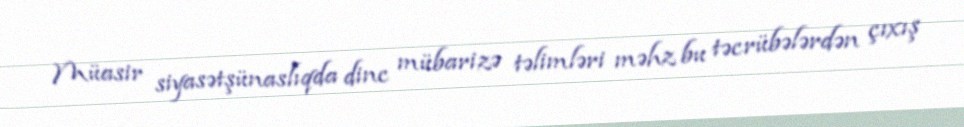
Müasir siyasətşünaslıqda dinc mübarizə təlimləri məhz bu təcrübələrdən çıxış